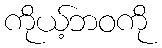
ကိုယ့်ဘဝကို